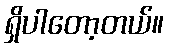
ရှိပါတော့တယ်။